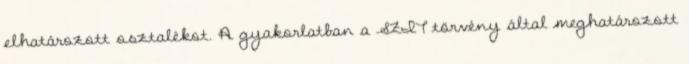
elhatározott osztalékot. A gyakorlatban a SZIT törvény által meghatározott